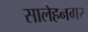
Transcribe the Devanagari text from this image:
सालेहनगर